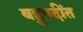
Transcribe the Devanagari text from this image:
बहुपदींत